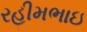
રહીમભાઇ